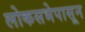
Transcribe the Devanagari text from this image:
लोकसभेपासून